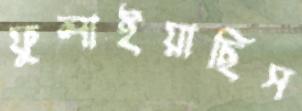
ফুলাইয়াছিস